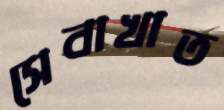
সেবাখাত